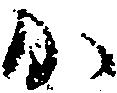
か